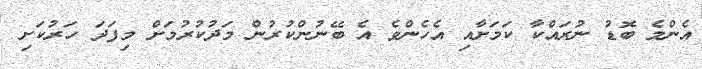
އެންމެ ބޮޑު ނުރައްކާ ކަމަށާއި އެހެންވެ އެ ބޭނުންކުރުން މަދުކުރުމަށް މިފަދަ ހަރުކަށި